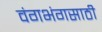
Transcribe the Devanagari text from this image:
वंगभंगसाठी